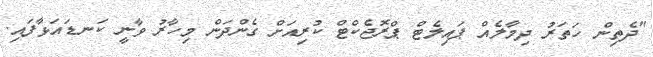
"ދެތިން ހަތަރު ދިމާލެއް ޕައިލެޓް ޕްރޮޖެކްޓް ކުރިއަށް ގެންދަން މިހާރު ވާނީ ކަނޑައަޅާފައި.